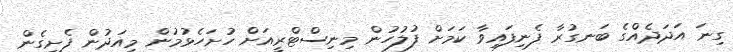
ގިނަ އަދަދެއްގެ ބަނގުރާ ފެނިފައިވާ ކަމަށް ފުލުހުން މިނިސްޓްރީއަށް ހުށަހެޅުމުން މިއަދުން ފެށިގެން